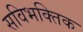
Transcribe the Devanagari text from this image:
सविभक्तिक